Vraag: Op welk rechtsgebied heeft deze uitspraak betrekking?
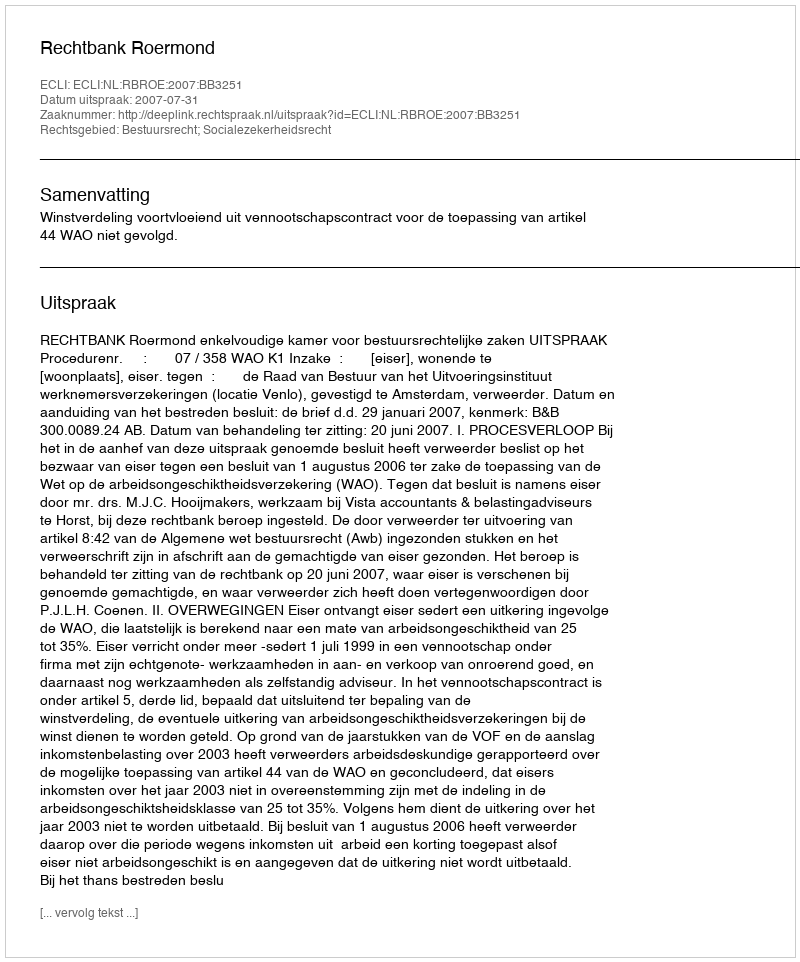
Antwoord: Bestuursrecht; Socialezekerheidsrecht